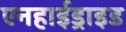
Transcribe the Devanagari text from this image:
एनहाईड्राइड